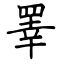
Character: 睪